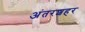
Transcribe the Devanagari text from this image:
अंतरशहर